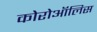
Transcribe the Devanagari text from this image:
कोरोऑलिस